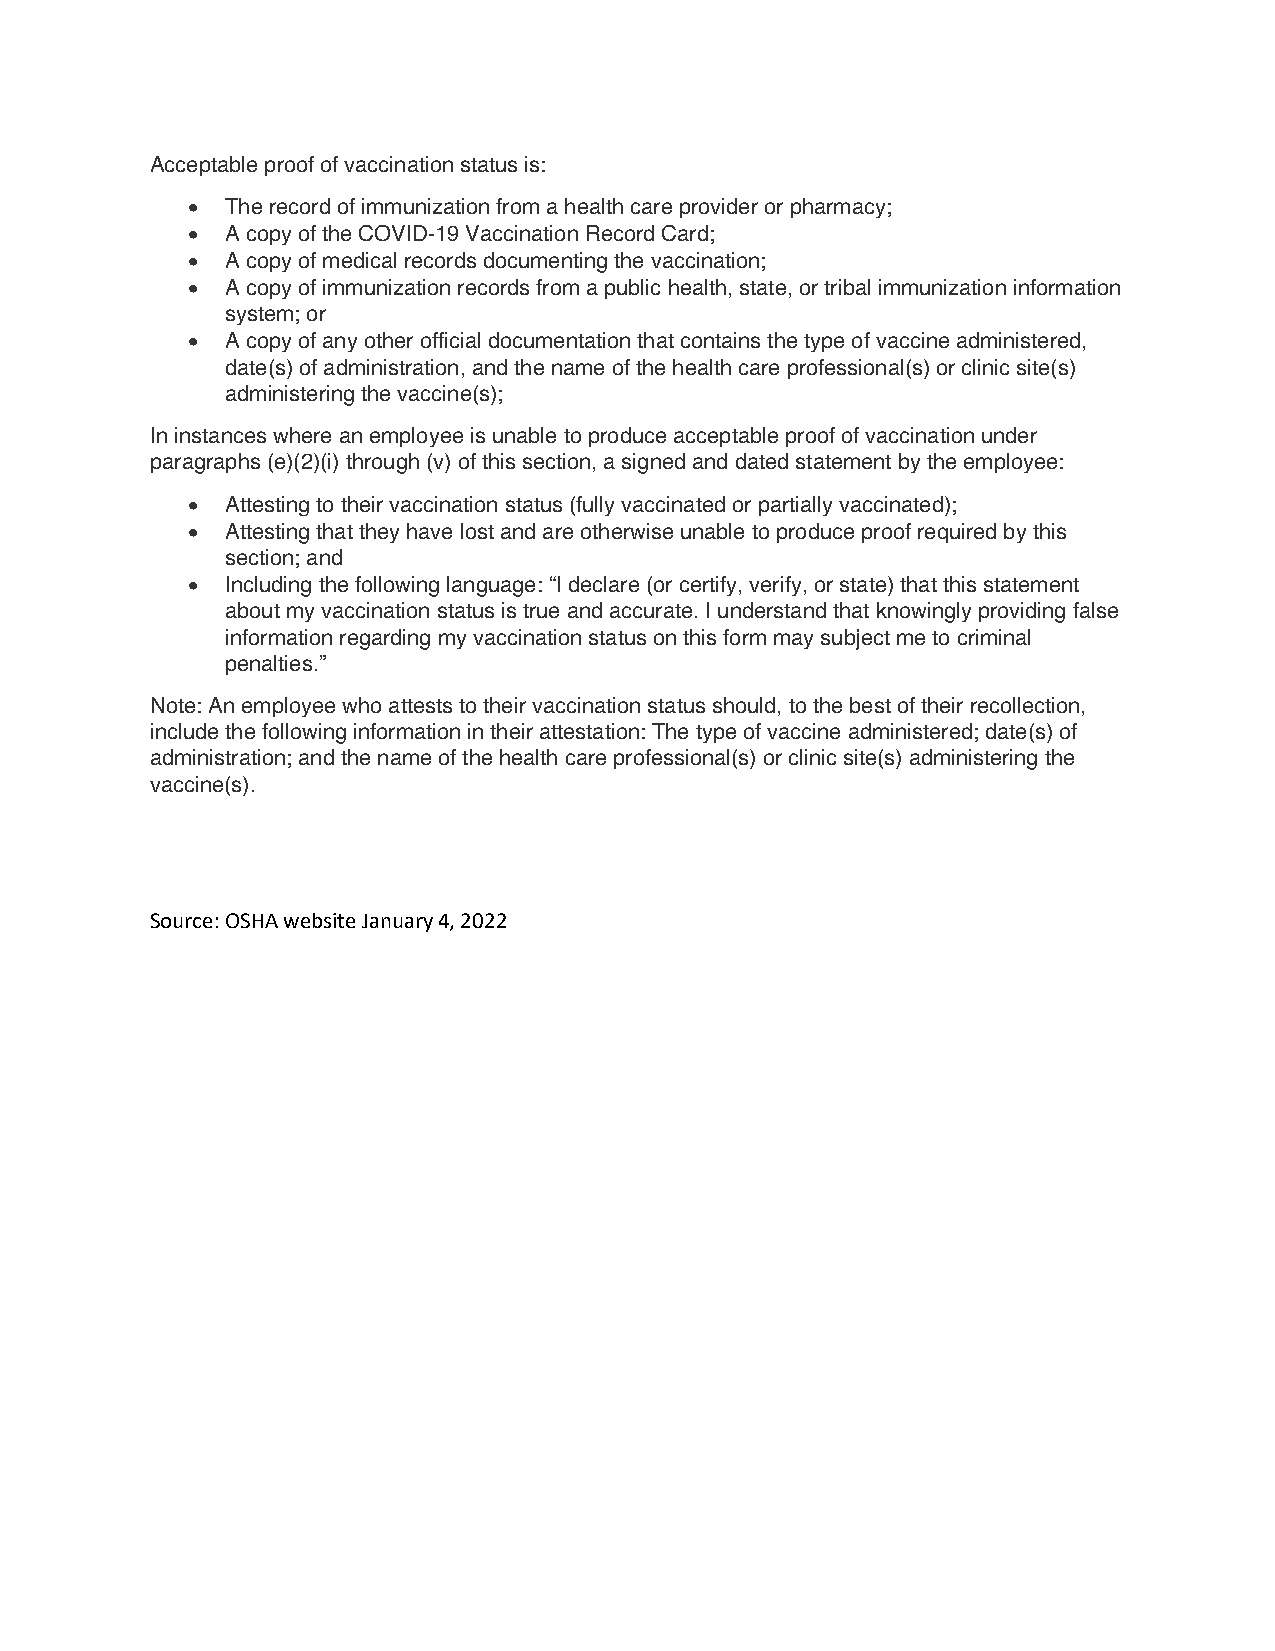
Acceptable proof of vaccination status is:
 •  The record of immunization from a health care provider or pharmacy;
 •  A copy of the COVID-19 Vaccination Record Card;
 •  A copy of medical records documenting the vaccination;
 •  A copy of immunization records from a public health, state, or tribal immunization information
 system; or
 •  A copy of any other official documentation that contains the type of vaccine administered,
 date(s) of administration, and the name of the health care professional(s) or clinic site(s)
 administering the vaccine(s);
 In instances where an employee is unable to produce acceptable proof of vaccination under
 paragraphs (e)(2)(i) through (v) of this section, a signed and dated statement by the employee:
 •  Attesting to their vaccination status (fully vaccinated or partially vaccinated);
 •  Attesting that they have lost and are otherwise unable to produce proof required by this
 section; and
 •  Including the following language: “I declare (or certify, verify, or state) that this statement
 about my vaccination status is true and accurate. I understand that knowingly providing false
 information regarding my vaccination status on this form may subject me to criminal
 penalties.”
 Note: An employee who attests to their vaccination status should, to the best of their recollection,
 include the following information in their attestation: The type of vaccine administered; date(s) of
 administration; and the name of the health care professional(s) or clinic site(s) administering the
 vaccine(s).
 Source: OSHA website January 4, 2022